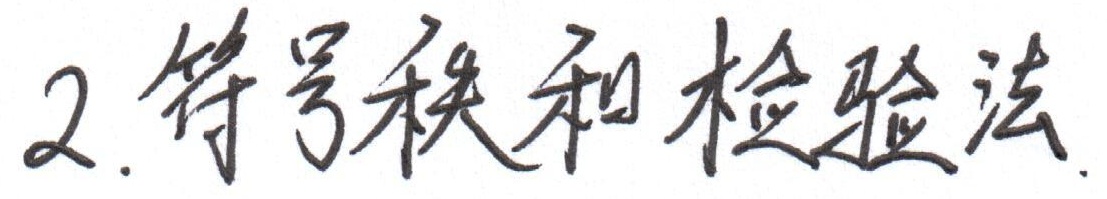
2. 符号秩和检验法.